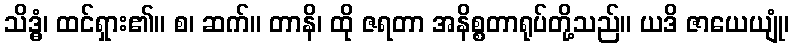
သိဒ္ဓံ၊ ထင်ရှား၏။ စ၊ ဆက်။ တာနိ၊ ထို ဇရတာ အနိစ္စတာရုပ်တို့သည်။ ယဒိ ဇာယေယျုံ၊